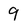
Character: 9